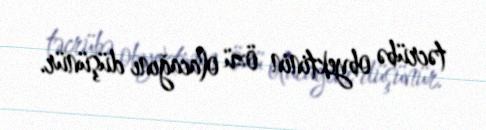
təcrübə obyektinin özü olacağını düşünür.